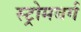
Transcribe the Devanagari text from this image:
स्ट्रोमबर्ग